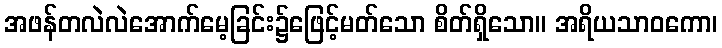
အဖန်တလဲလဲအောက်မေ့ခြင်း၌ဖြေင့်မတ်သော စိတ်ရှိသော။ အရိယသာဝကော၊